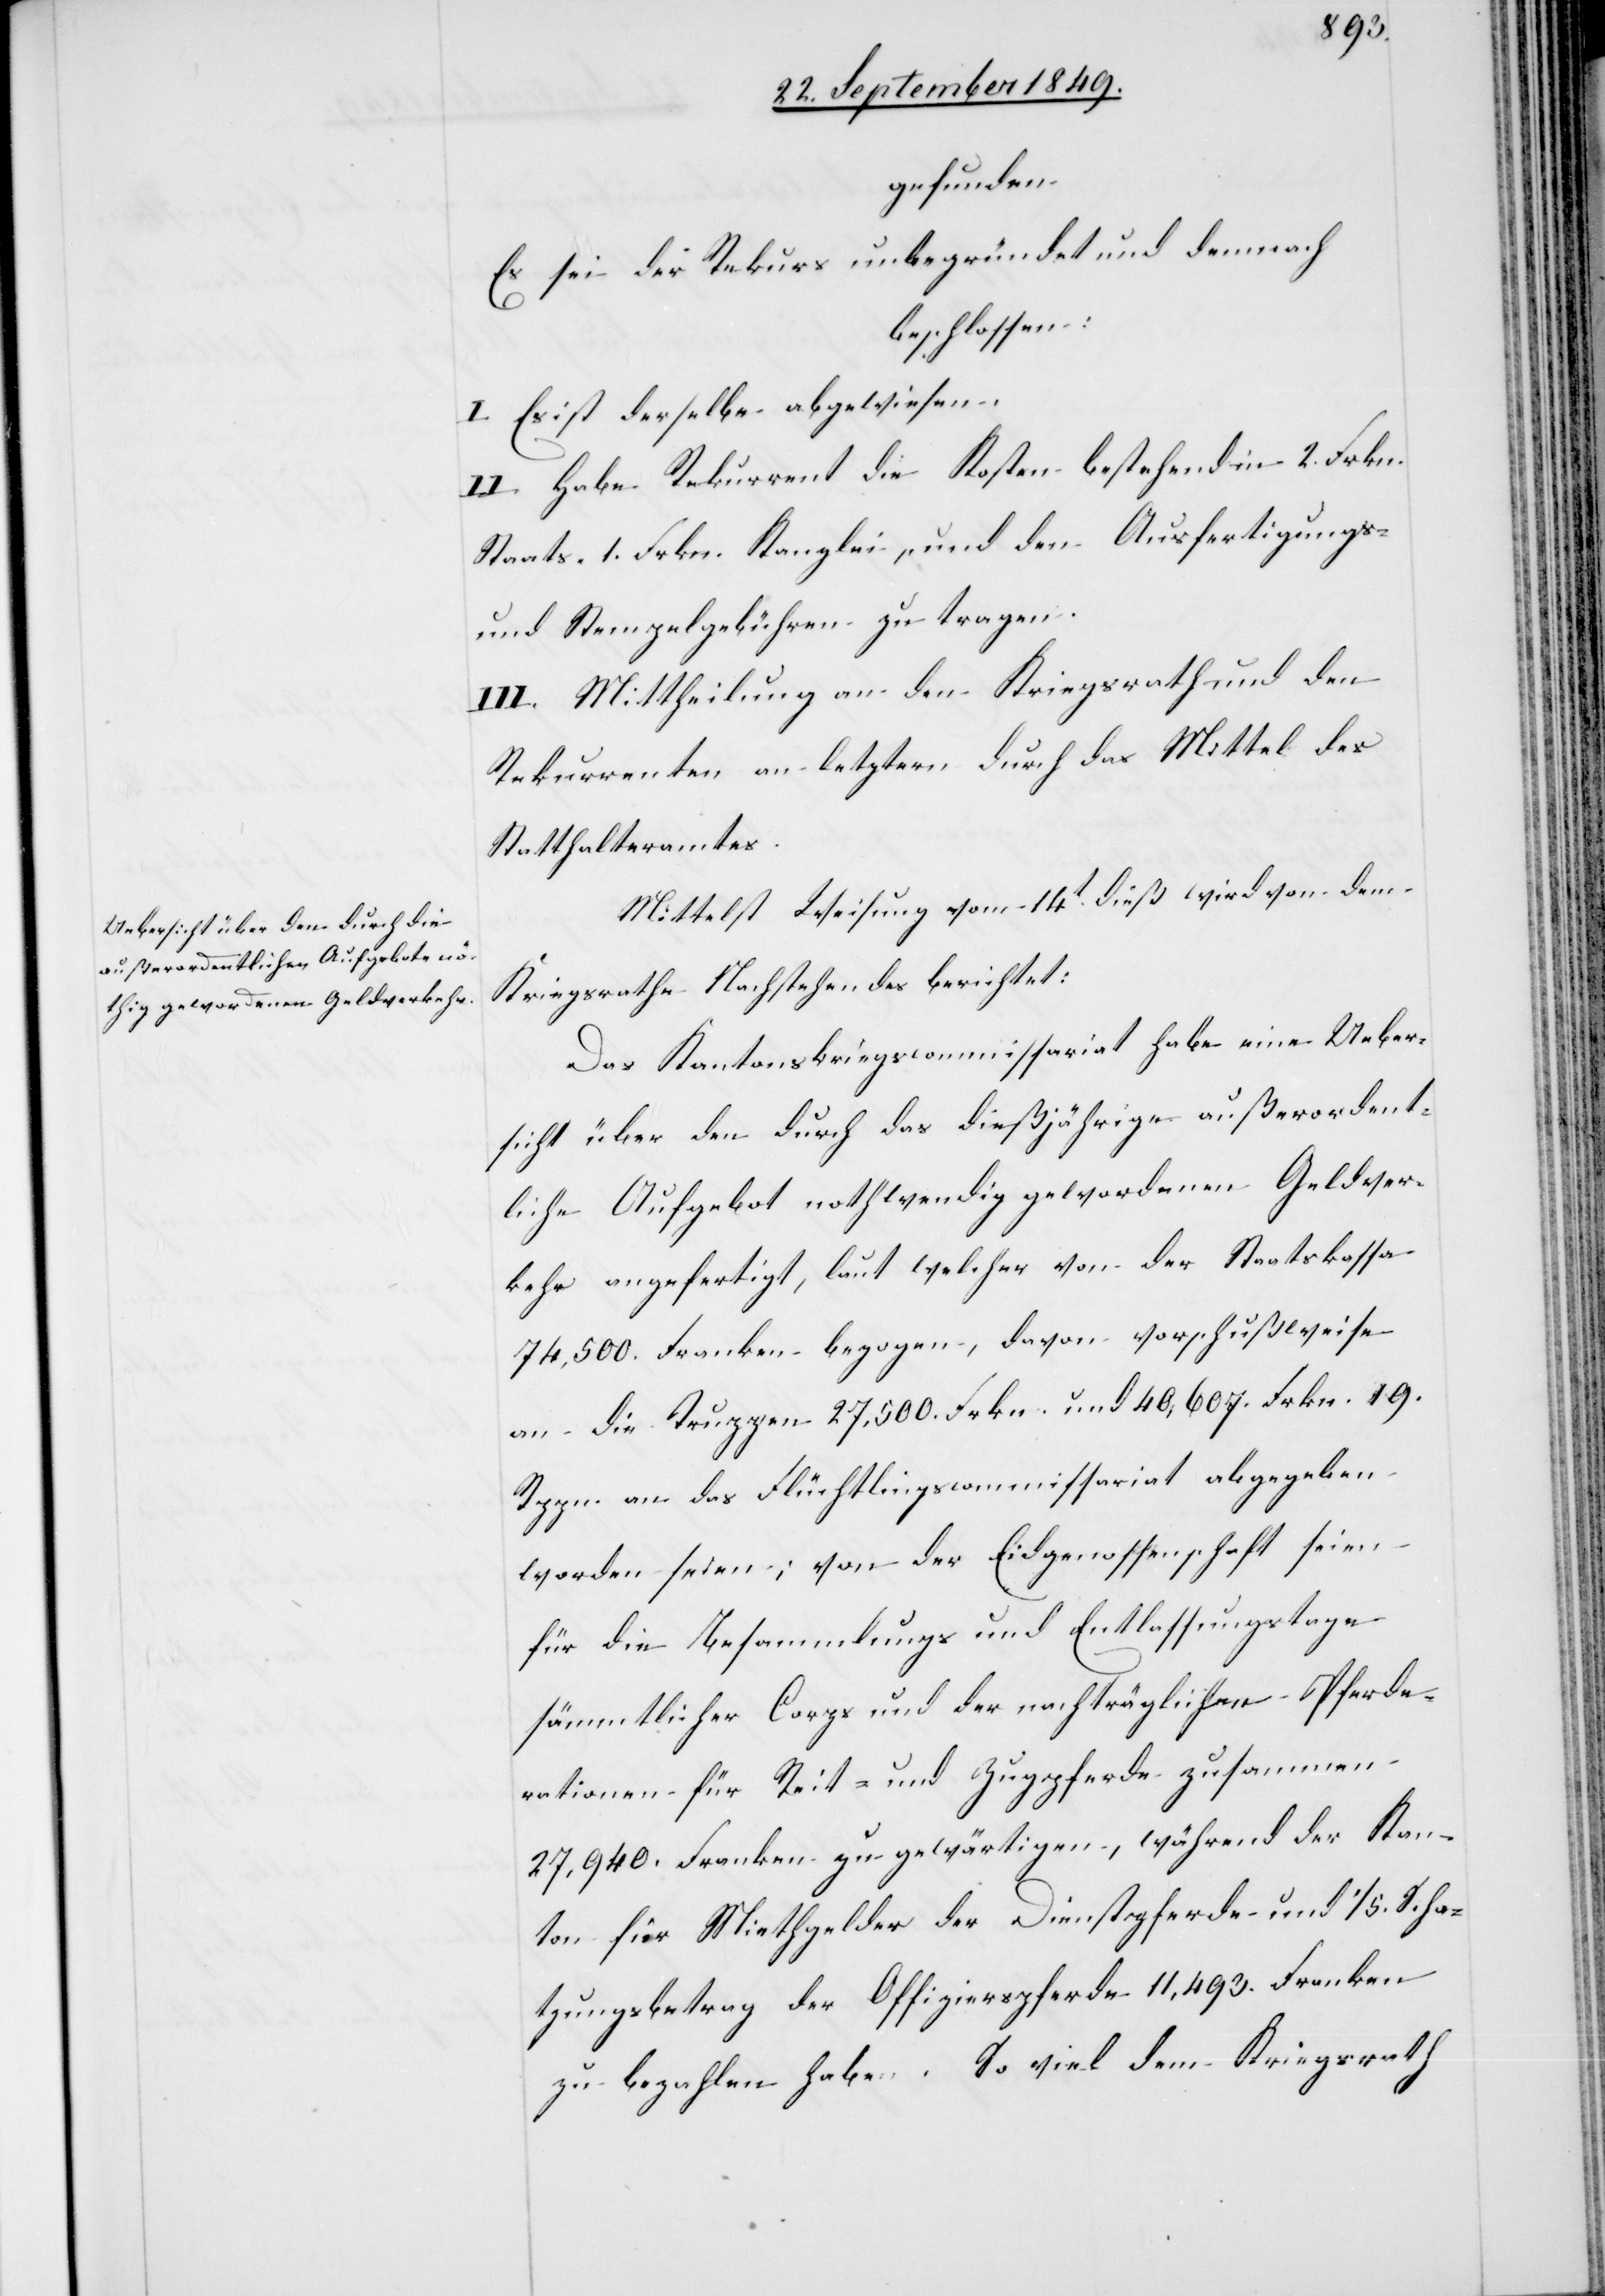
gefunden:
Es sei der Rekurs unbegründet und demnach
beschlossen:
I. Es ist derselbe abgewiesen.
II. Habe Rekurrent die Kosten bestehend in 2. Frkn.
Staats- 1. Frkn. Kanzlei- und den Kriegsrath und den
Rekurrenten an letztern durch das Mittel des
Statthalteramtes.
Mittelst Weisung vom 14t dieß wird von dem
Kriegsrathe Nachstehendes berichtet:
Das Kantonskriegscommissariat habe eine Ueber¬
sicht über den durch das dießjährige außerordent¬
liche Aufgebot nothwendig gewordenen Geldver¬
kehr angefertigt, laut welcher von der Staatskassa
74,500. Franken bezogen, davon vorschußweise
an die Truppen 27,500. Frkn. und 40,607. Frkn. 19.
Rppn. an das Flüchtlingscommissariat abgegeben
worden seien; von der Eidgenossenschaft seien
für die Besammlungs[-] und Entlassungstage
sämmtlicher Corps und der nachträglichen Pferde¬
rationen für Reit- und Zugpferde zusammen
27,940. Franken zu gewärtigen, während der Kan¬
ton für Miethgelder der Dienstpferde und 1/5. Scha¬
tzungsbetrag der Offizierspferde 11,493. Franken
zu bezahlen haben. So viel dem Kriegsrath